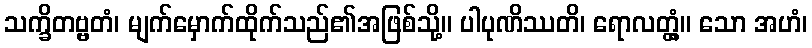
သက္ခိတဗ္ဗတံ၊ မျက်မှောက်ထိုက်သည်၏အဖြစ်သို့။ ပါပုဏိဿတိ၊ ရောလတ္တံ့။ သော အဟံ၊